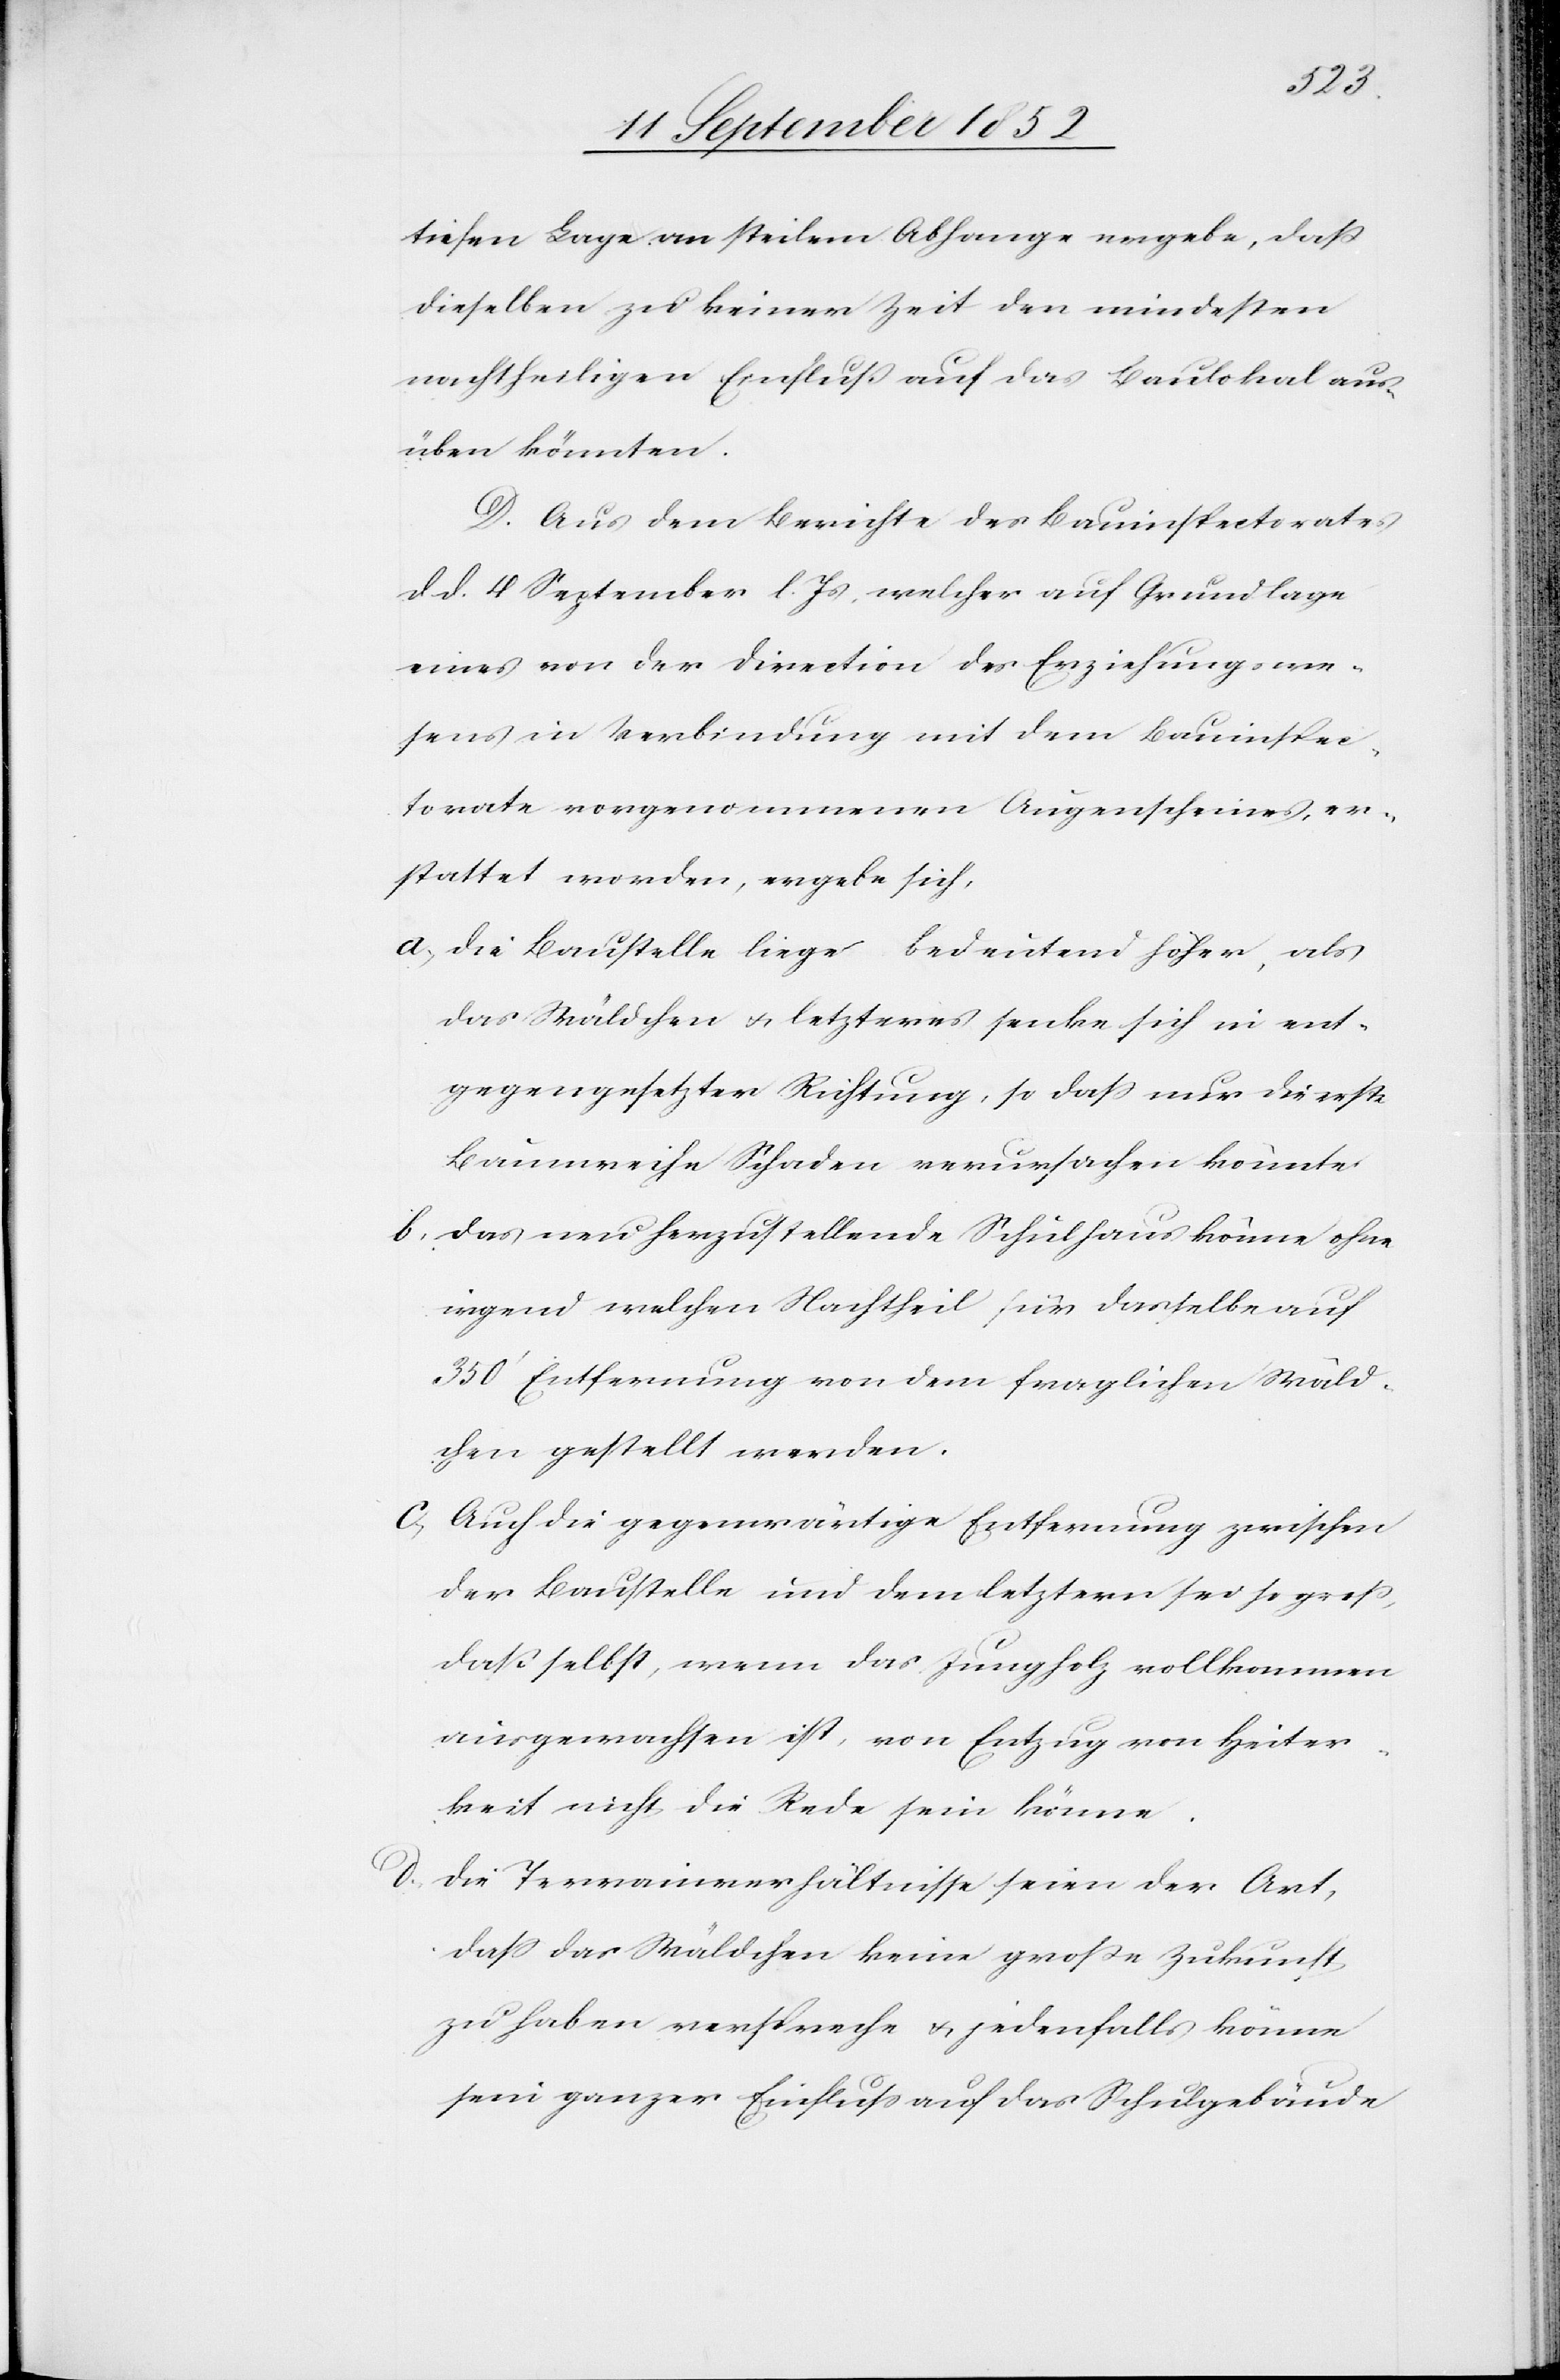
tiefen Lage an steilem Abhange ergebe, daß
dieselben zu keiner Zeit den mindesten
nachtheiligen Einfluß auf das Baulokal aus¬
üben könnten.
D. Aus dem Berichte des Bauinspectorates
d d. 4 September l. Js, welcher auf Grundlage
eines von der Direction des Erziehungswe¬
sens in Verbindung mit dem Bauinspec¬
torate vorgenommenen Augenscheines, er¬
stattet worden, ergebe sich,
Die Baustelle liege bedeutend höher, als
das Wäldchen & letzteres senke sich in ent¬
gegengesetzter Richtung, so dass nur die erste
Baumreihe Schaden verursachen könnte.
Das neu herzustellende Schulhaus könne ohne
irgend welchen Nachtheil für dasselbe auf
350‘ Entfernung von dem fraglichen Wäld¬
chen gestellt werden.
Auch die gegenwärtige Entfernung zwischen
der Baustelle und dem letztern sei so groß,
daß selbst, wenn das Jungholz vollkommen
ausgewachsen ist, von Entzug von Heiter¬
keit nicht die Rede sein könne.
d,
Die Terrainverhältnisse seien der Art,
dass das Wäldchen keine große Zukunft
zu haben verspreche & jedenfalls könne
sein ganzer Einfluss auf das Schulgebäude